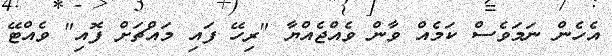
އެހެން ނަމަވެސް ކަމެއް ވާން ވެއްޖެއްޔާ "ރިހޭ ފައި މައްޗަށް ފޮއި" ވެއްޓޭ